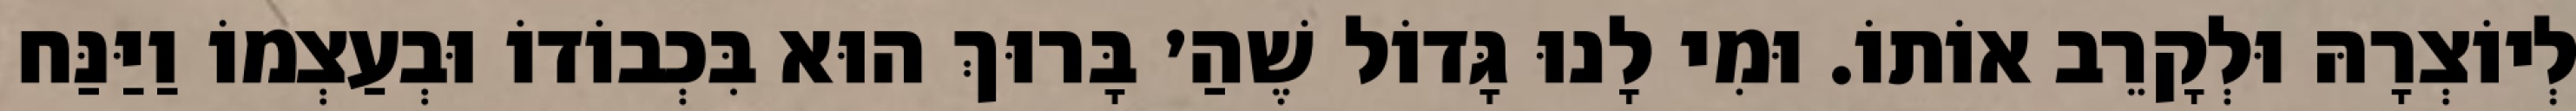
לְיוֹצְרָהּ וּלְקָרֵב אוֹתוֹ. וּמִי לָנוּ גָּדוֹל שֶׁהַ׳ בָּרוּךְ הוּא בִּכְבוֹדוֹ וּבְעַצְמוֹ וַיַּנַּח